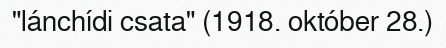
"lánchídi csata" (1918. október 28.)